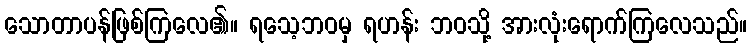
သောတာပန်ဖြစ်ကြလေ၏။ ရသေ့ဘဝမှ ရဟန်း ဘဝသို့ အားလုံးရောက်ကြလေသည်။